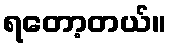
ရတော့တယ်။